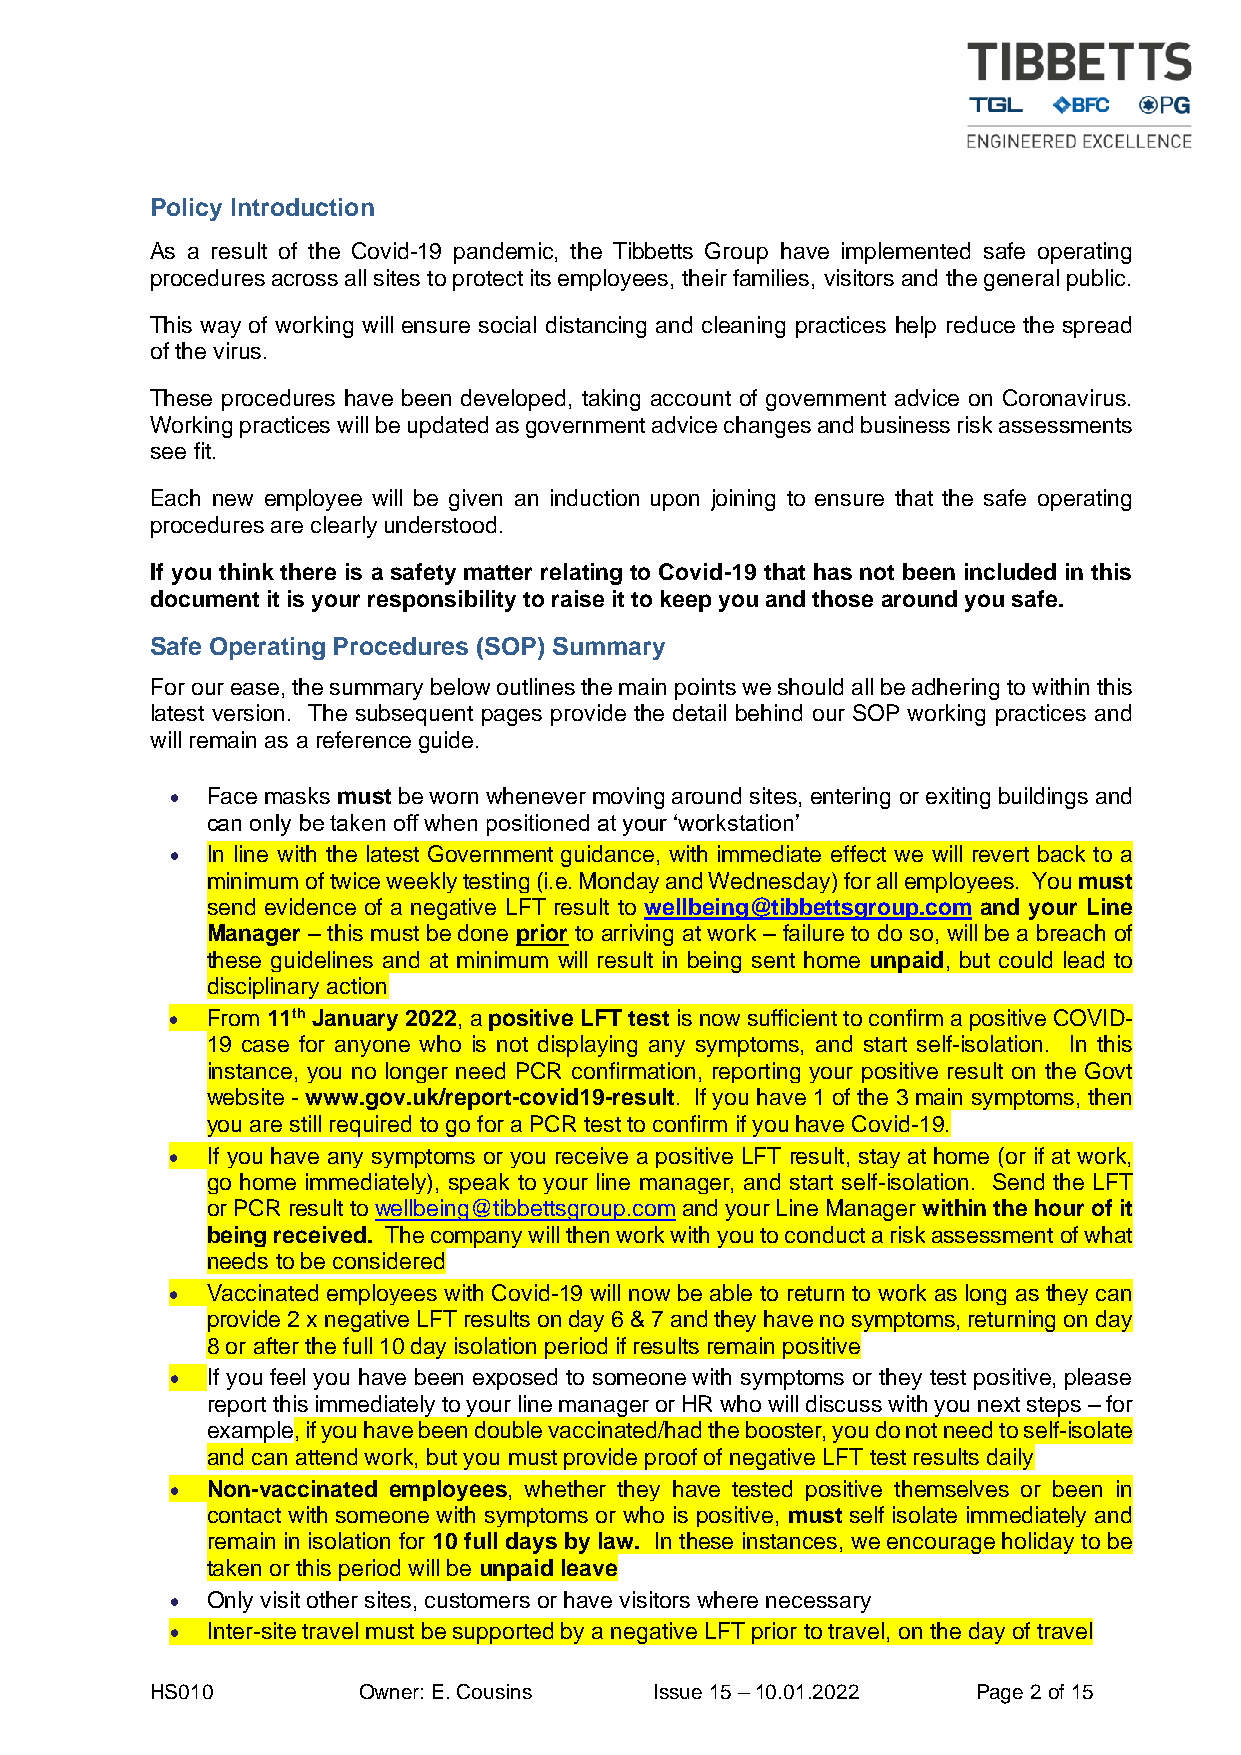
Policy Introduction
 As a result of the Covid-19 pandemic, the Tibbetts Group have implemented safe operating
 procedures across all sites to protect its employees, their families, visitors and the general public.
 This way of working will ensure social distancing and cleaning practices help reduce the spread
 of the virus.
 These procedures have been developed, taking account of government advice on Coronavirus.
 Working practices will be updated as government advice changes and business risk assessments
 see fit.
 Each new employee will be given an induction upon joining to ensure that the safe operating
 procedures are clearly understood.
 If you think there is a safety matter relating to Covid-19 that has not been included in this
 document it is your responsibility to raise it to keep you and those around you safe.
 Safe Operating Procedures (SOP) Summary
 For our ease, the summary below outlines the main points we should all be adhering to within this
 latest version. The subsequent pages provide the detail behind our SOP working practices and
 will remain as a reference guide.
 •  Face masks must be worn whenever moving around sites, entering or exiting buildings and
 can only be taken off when positioned at your ‘workstation’
 •  In line with the latest Government guidance, with immediate effect we will revert back to a
 minimum of twice weekly testing (i.e. Monday and Wednesday) for all employees. You must
 send evidence of a negative LFT result to wellbeing@tibbettsgroup.com and your Line
 Manager – this must be done prior to arriving at work – failure to do so, will be a breach of
 these guidelines and at minimum will result in being sent home unpaid, but could lead to
 disciplinary action
 •  From 11th January 2022, a positive LFT test is now sufficient to confirm a positive COVID-
 19 case for anyone who is not displaying any symptoms, and start self-isolation. In this
 instance, you no longer need PCR confirmation, reporting your positive result on the Govt
 website - www.gov.uk/report-covid19-result. If you have 1 of the 3 main symptoms, then
 you are still required to go for a PCR test to confirm if you have Covid-19.
 •  If you have any symptoms or you receive a positive LFT result, stay at home (or if at work,
 go home immediately), speak to your line manager, and start self-isolation. Send the LFT
 or PCR result to wellbeing@tibbettsgroup.com and your Line Manager within the hour of it
 being received. The company will then work with you to conduct a risk assessment of what
 needs to be considered
 •  Vaccinated employees with Covid-19 will now be able to return to work as long as they can
 provide 2 x negative LFT results on day 6 & 7 and they have no symptoms, returning on day
 8 or after the full 10 day isolation period if results remain positive
 •  If you feel you have been exposed to someone with symptoms or they test positive, please
 report this immediately to your line manager or HR who will discuss with you next steps – for
 example, if you have been double vaccinated/had the booster, you do not need to self-isolate
 and can attend work, but you must provide proof of negative LFT test results daily
 •  Non-vaccinated employees, whether they have tested positive themselves or been in
 contact with someone with symptoms or who is positive, must self isolate immediately and
 remain in isolation for 10 full days by law. In these instances, we encourage holiday to be
 taken or this period will be unpaid leave
 •  Only visit other sites, customers or have visitors where necessary
 •  Inter-site travel must be supported by a negative LFT prior to travel, on the day of travel
 HS010         Owner: E. Cousins  Issue 15 – 10.01.2022 Page 2 of 15